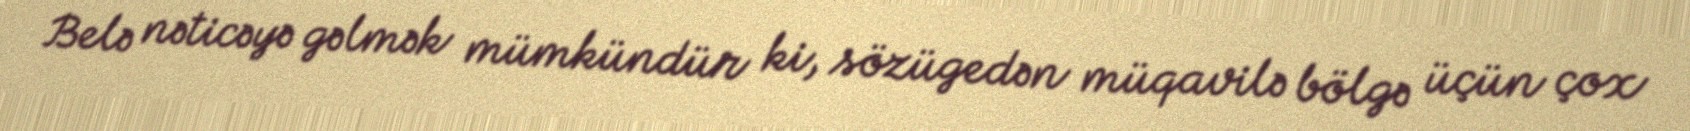
Belə nəticəyə gəlmək mümkündür ki, sözügedən müqavilə bölgə üçün çox